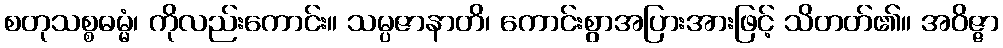
စတုသစ္စဓမ္မံ၊ ကိုလည်းကောင်း။ သမ္ပဇာနာတိ၊ ကောင်းစွာအပြားအားဖြင့် သိတတ်၏။ အဝိဇ္ဇာ